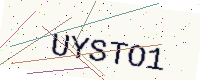
Text: UYSTO1